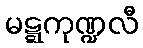
မဋ္ဋကုဏ္ဍလီ